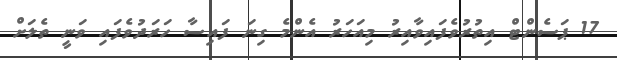
17 ޕަސެންޓް އިތުރުވެފައިވާއިރު މިއަހަރު އެންމެ ގިނަ ފައިސާ ހަރަދުވެފައި ވަނީ ތެލަށް